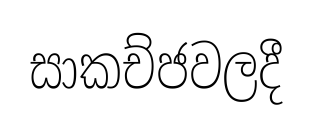
සාකච්ජවලදී